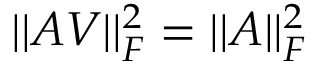
\vert \vert A V \vert \vert _ { F } ^ { 2 } = \vert \vert A \vert \vert _ { F } ^ { 2 }